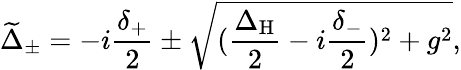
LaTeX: \widetilde{\Delta}_{\pm}=-i\frac{\delta_{+}}{2}\pm\sqrt{(\frac{\Delta_{\mathrm{H}}}{2}-i\frac{\delta_{-}}{2})^{2}+g^{2}},